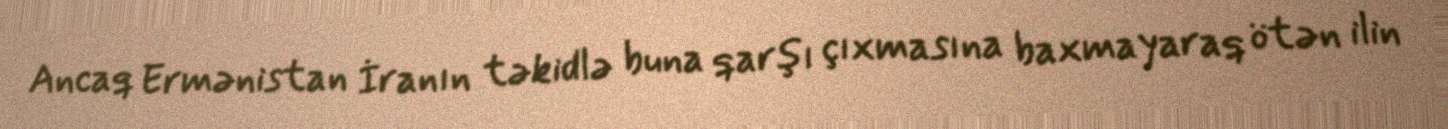
Ancaq Ermənistan İranın təkidlə buna qarşı çıxmasına baxmayaraq ötən ilin